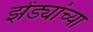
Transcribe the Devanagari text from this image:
झेंड्यांच्या